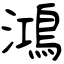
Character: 鴻